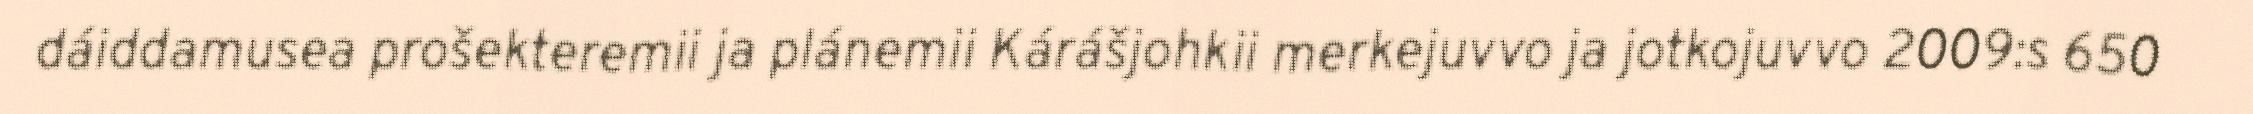
dáiddamusea prošekteremii ja plánemii Kárášjohkii merkejuvvo ja jotkojuvvo 2009:s 650